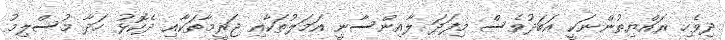
ދިވެހި ރައްޔިތުންނަކީ އަބަދުވެސް މިފަދަ ލާއިންސާނީ އަމަލުތަކާއި ޖަރީމާތަކާއި ދެކޮޅު ހަދާ މުސްލިމު